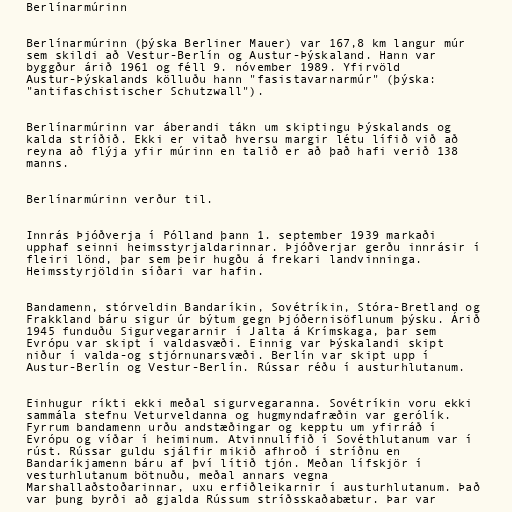
Berlínarmúrinn

Berlínarmúrinn (þýska Berliner Mauer) var 167,8 km langur múr
sem skildi að Vestur-Berlín og Austur-Þýskaland. Hann var
byggður árið 1961 og féll 9. nóvember 1989. Yfirvöld
Austur-Þýskalands kölluðu hann "fasistavarnarmúr" (þýska:
"antifaschistischer Schutzwall").

Berlínarmúrinn var áberandi tákn um skiptingu Þýskalands og
kalda stríðið. Ekki er vitað hversu margir létu lífið við að
reyna að flýja yfir múrinn en talið er að það hafi verið 138
manns.

Berlínarmúrinn verður til.

Innrás Þjóðverja í Pólland þann 1. september 1939 markaði
upphaf seinni heimsstyrjaldarinnar. Þjóðverjar gerðu innrásir í
fleiri lönd, þar sem þeir hugðu á frekari landvinninga.
Heimsstyrjöldin síðari var hafin.

Bandamenn, stórveldin Bandaríkin, Sovétríkin, Stóra-Bretland og
Frakkland báru sigur úr býtum gegn Þjóðernisöflunum þýsku. Árið
1945 funduðu Sigurvegararnir í Jalta á Krímskaga, þar sem
Evrópu var skipt í valdasvæði. Einnig var Þýskalandi skipt
niður í valda-og stjórnunarsvæði. Berlín var skipt upp í
Austur-Berlín og Vestur-Berlín. Rússar réðu í austurhlutanum.

Einhugur ríkti ekki meðal sigurvegaranna. Sovétríkin voru ekki
sammála stefnu Veturveldanna og hugmyndafræðin var gerólík.
Fyrrum bandamenn urðu andstæðingar og kepptu um yfirráð í
Evrópu og víðar í heiminum. Atvinnulífið í Sovéthlutanum var í
rúst. Rússar guldu sjálfir mikið afhroð í stríðnu en
Bandaríkjamenn báru af því lítið tjón. Meðan lífskjör í
vesturhlutanum bötnuðu, meðal annars vegna
Marshallaðstoðarinnar, uxu erfiðleikarnir í austurhlutanum. Það
var þung byrði að gjalda Rússum stríðsskaðabætur. Þar var